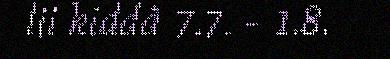
lii kiddâ 7.7. - 1.8.